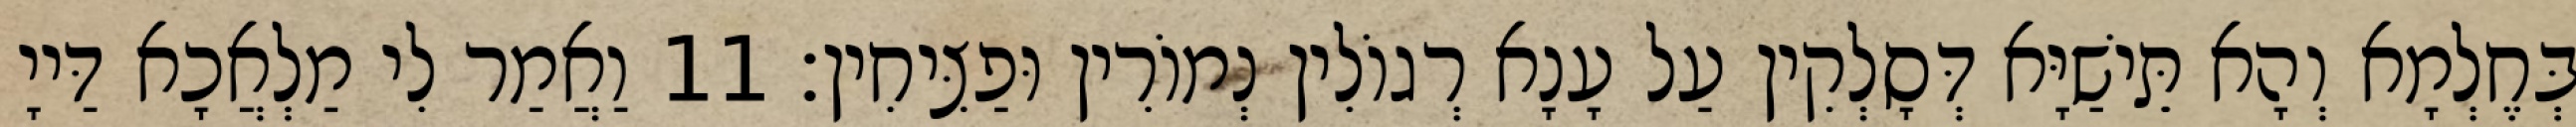
בְּחֶלְמָא וְהָא תֵּישַׁיָּא דְּסָלְקִין עַל עָנָא רְגוֹלִין נְמוֹרִין וּפַצִּיחִין׃ 11 וַאֲמַר לִי מַלְאֲכָא דַּייָ